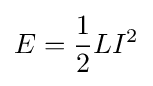
E={\frac {1}{2}}LI^{2}